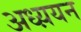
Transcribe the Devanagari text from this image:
अध्य़यन